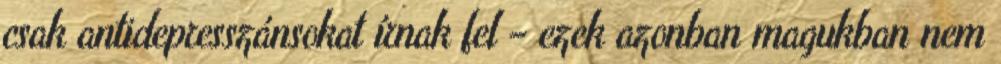
csak antidepresszánsokat írnak fel – ezek azonban magukban nem